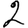
Digit: 2